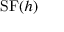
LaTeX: \operatorname { S F } ( h )